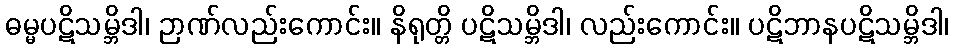
ဓမ္မပဋိသမ္ဘိဒါ၊ ဉာဏ်လည်းကောင်း။ နိရုတ္တိ ပဋိသမ္ဘိဒါ၊ လည်းကောင်း။ ပဋိဘာနပဋိသမ္ဘိဒါ၊